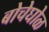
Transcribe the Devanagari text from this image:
बोचेघोळ